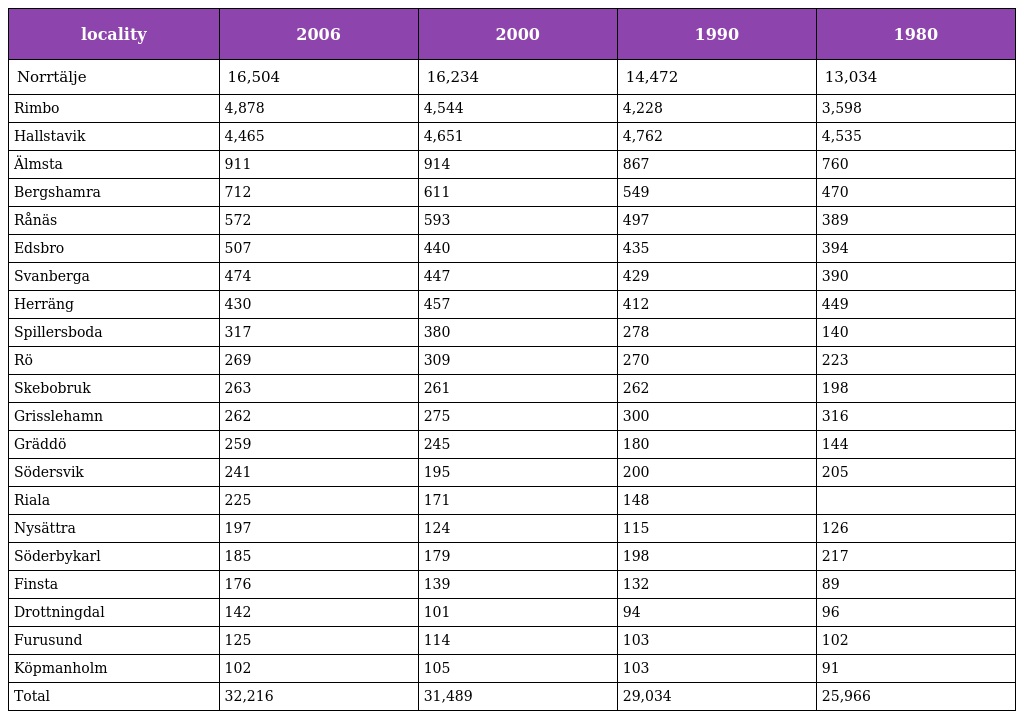
| locality | 2006 | 2000 | 1990 | 1980 |
 | --- | --- | --- | --- | --- |
 | Norrtälje | 16,504 | 16,234 | 14,472 | 13,034 |
 | Rimbo | 4,878 | 4,544 | 4,228 | 3,598 |
 | Hallstavik | 4,465 | 4,651 | 4,762 | 4,535 |
 | Älmsta | 911 | 914 | 867 | 760 |
 | Bergshamra | 712 | 611 | 549 | 470 |
 | Rånäs | 572 | 593 | 497 | 389 |
 | Edsbro | 507 | 440 | 435 | 394 |
 | Svanberga | 474 | 447 | 429 | 390 |
 | Herräng | 430 | 457 | 412 | 449 |
 | Spillersboda | 317 | 380 | 278 | 140 |
 | Rö | 269 | 309 | 270 | 223 |
 | Skebobruk | 263 | 261 | 262 | 198 |
 | Grisslehamn | 262 | 275 | 300 | 316 |
 | Gräddö | 259 | 245 | 180 | 144 |
 | Södersvik | 241 | 195 | 200 | 205 |
 | Riala | 225 | 171 | 148 |  |
 | Nysättra | 197 | 124 | 115 | 126 |
 | Söderbykarl | 185 | 179 | 198 | 217 |
 | Finsta | 176 | 139 | 132 | 89 |
 | Drottningdal | 142 | 101 | 94 | 96 |
 | Furusund | 125 | 114 | 103 | 102 |
 | Köpmanholm | 102 | 105 | 103 | 91 |
 | Total | 32,216 | 31,489 | 29,034 | 25,966 |